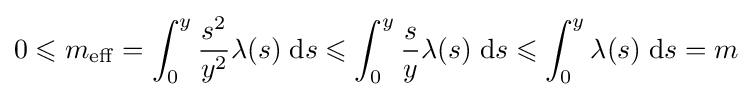
0\leqslant m_{\mathrm {eff} }=\int _{0}^{y}{\frac {s^{2}}{y^{2}}}\lambda (s)\;\mathrm {d} s\leqslant \int _{0}^{y}{\frac {s}{y}}\lambda (s)\;\mathrm {d} s\leqslant \int _{0}^{y}\lambda (s)\;\mathrm {d} s=m